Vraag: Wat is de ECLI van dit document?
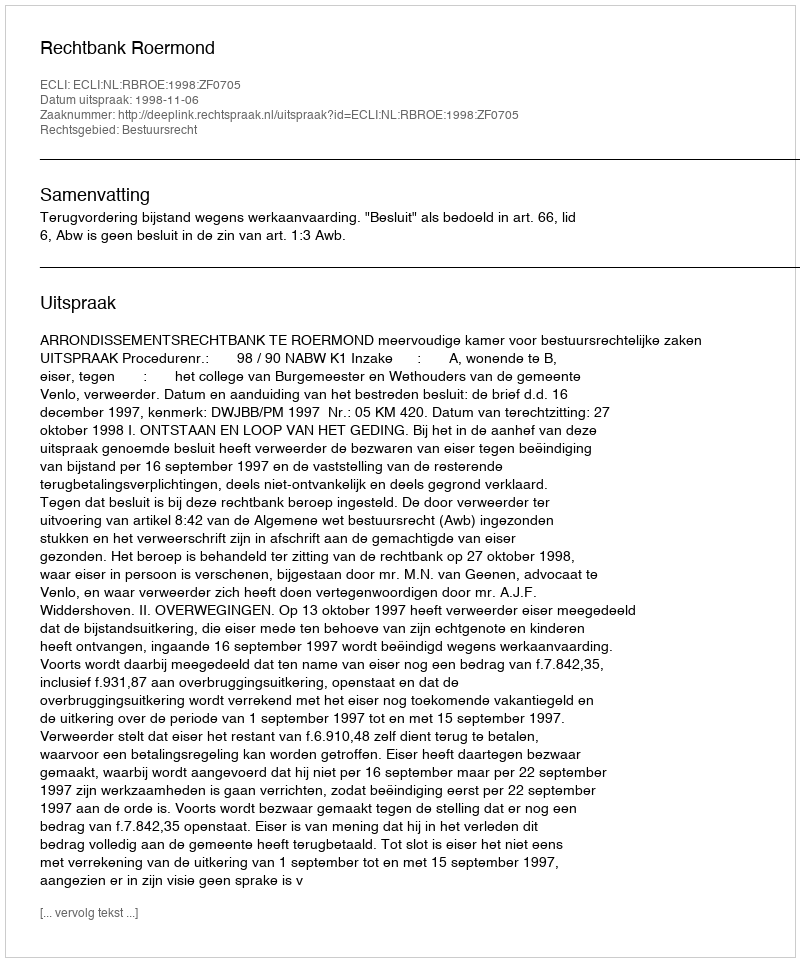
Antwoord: ECLI:NL:RBROE:1998:ZF0705